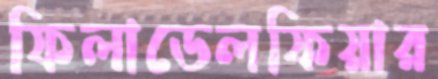
ফিলাডেলফিয়ার